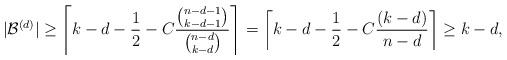
LaTeX: \begin{align*}\begin{aligned}|\mathcal B^{(d)}|\geq \left\lceil k-d-\frac{1}{2}-C\frac{\binom{n-d-1}{k-d-1}}{\binom{n-d}{k-d}} \right\rceil = \left\lceil k-d-\frac{1}{2}-C\frac{(k-d)}{n-d} \right\rceil \geq k-d,\end{aligned}\end{align*}